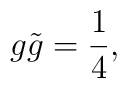
g \tilde{g} = \frac{1}{4},